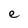
Character: e